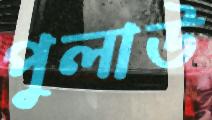
পুলাউ